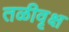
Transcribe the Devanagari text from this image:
तळीवृक्ष